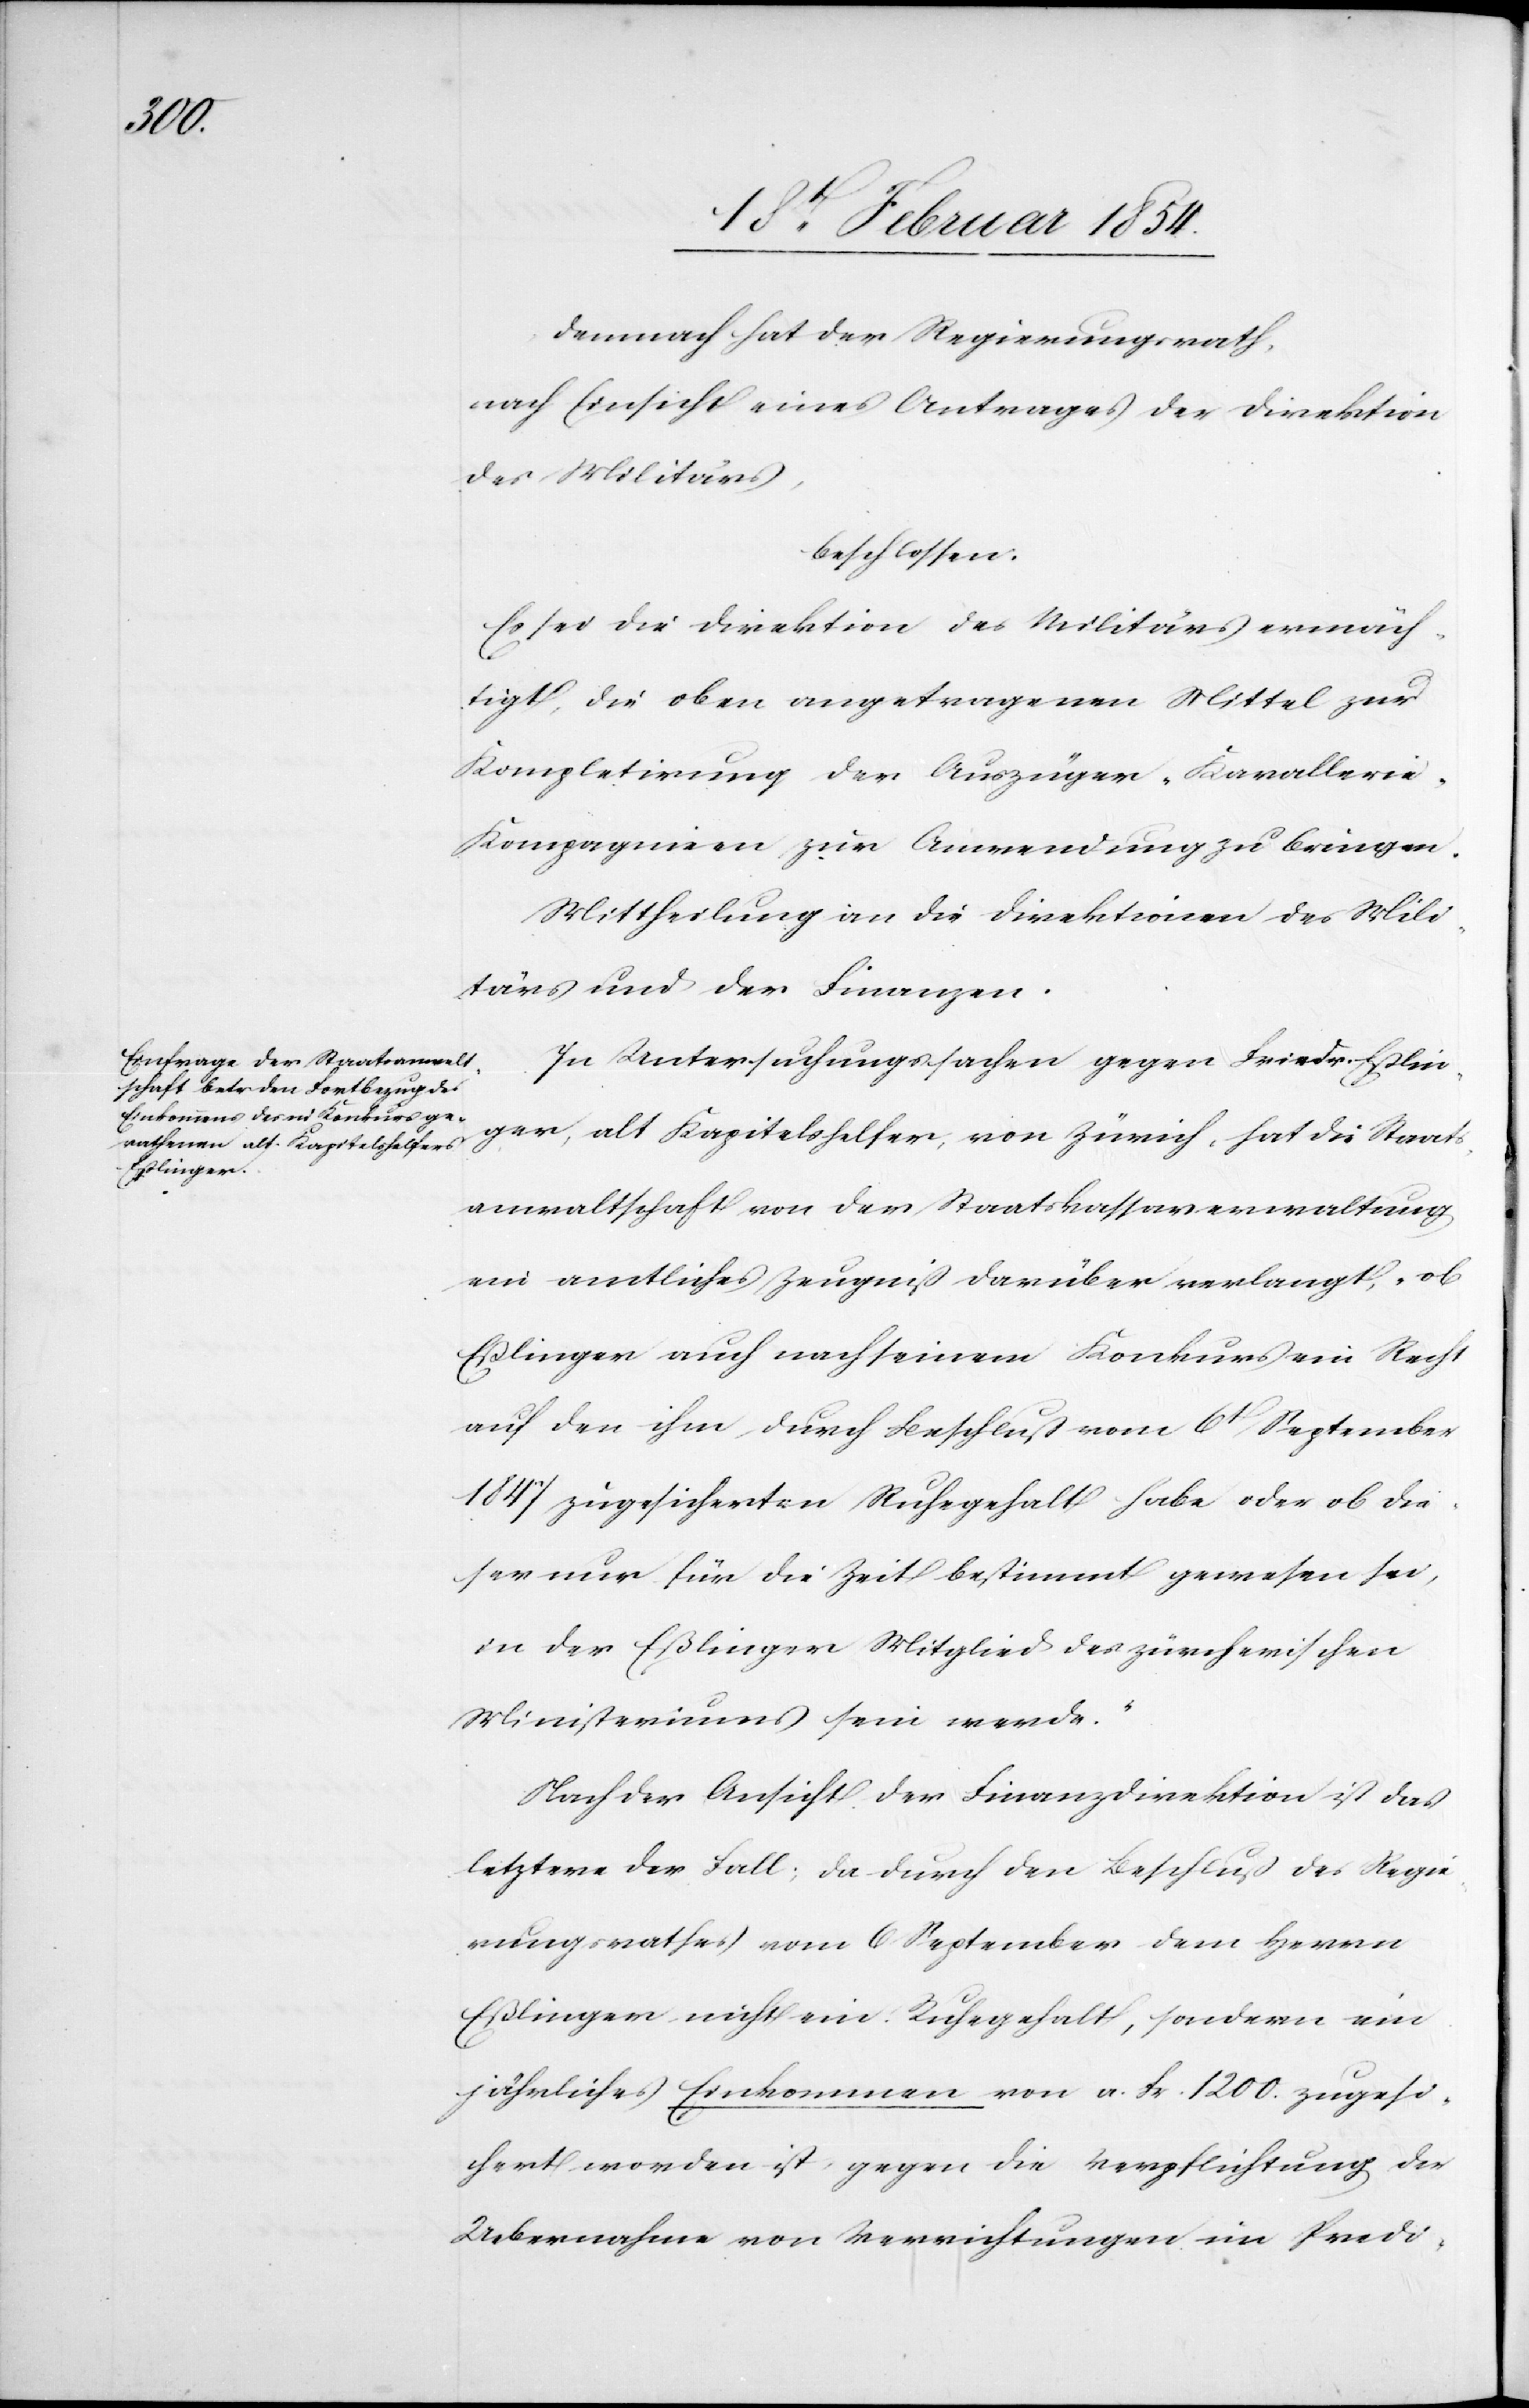
Demnach hat der Regierungsrath,
nach Einsicht eines Antrages der Direktion
des Militärs,
beschlossen:
Es sei die Direktion des Militärs ermäch¬
tigt, die oben angetragenen Mittel zur
Kompletirung der Auszüger-Kavalleri¬
e-Kompagnien zur Anwendung zu bringen.
Mittheilung an die Direktionen des Mili¬
tärs und der Finanzen.
In Untersuchungen gegen Friedr. Eßlin¬
ger, alt Kapitelshelfer, von Zürich, hat die Staats¬
anwaltschaft von der Staatskassenverwaltung
ein amtliches Zeugniß darüber verlangt, „ob
Eßlinger auch nach seinem Konkurs ein Recht
auf den ihm durch Beschluß vom 6t September
1847 zugesicherten Ruhegehalt habe oder ob die¬
ser nur für die Zeit bestimmt gewesen sei,
in der Eßlinger Mitglied des zürcherischen
Ministeriums sein werde.“
Nach der Ansicht der Finanzdirektion ist das
letztere der Fall; da durch den Beschluß des Regie¬
rungsrathes vom 6 September dem Herrn
Eßlinger nicht ein Ruhegehalt, sondern ein
jährliches Einkommen von a. Fr. 1200. zugesi¬
chert worden ist, gegen die Verpflichtung der
Uebernahme von Verrichtungen im Predi-